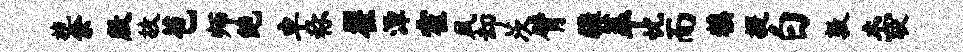
施余殷故苞师绝卓称翟潭霍夙却茨臂疆萃忧而糗提白敦杰较